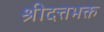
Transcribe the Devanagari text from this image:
श्रीदत्तभक्त